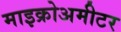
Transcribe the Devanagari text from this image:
माइक्रोअमीटर